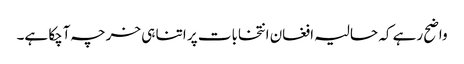
واضح رہے کہ حالیہ افغان انتخابات پر اتنا ہی خرچہ آچکا ہے۔